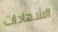
الشهادات